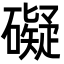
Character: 礙